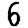
Digit: 6